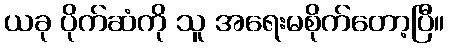
ယခု ပိုက်ဆံကို သူ အရေးမစိုက်တော့ပြီ။